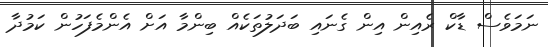
ނަމަވެސް ޑާކް ރެއިން އިން ގެނައި ބަދަލުތަކެއް ބިންމާ އަށް އެންމެފަހުން ކަމުދާ